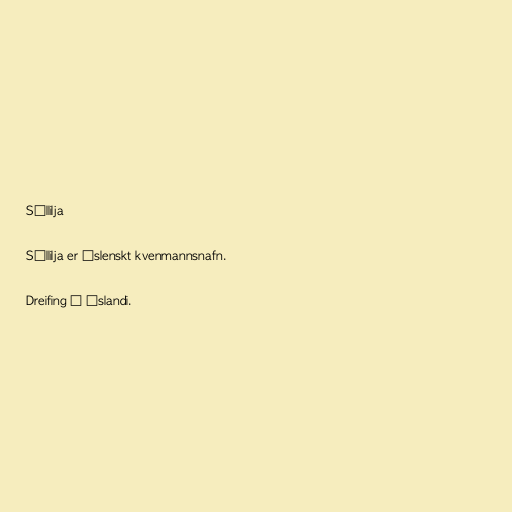
Sóllilja

Sóllilja er íslenskt kvenmannsnafn.

Dreifing á Íslandi.